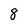
Character: 8